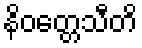
နိဝတ္တေသီတိ